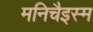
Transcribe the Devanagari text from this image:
मनिचैइस्म